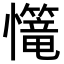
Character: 𢥆